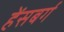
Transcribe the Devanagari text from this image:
हेंसबर्ग